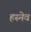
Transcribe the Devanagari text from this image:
हस्नेव